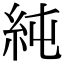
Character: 純